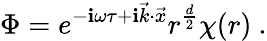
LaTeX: \Phi=e^{-\mathbf{i}\omega\tau+\mathbf{i}\vec{{k}}\cdot\vec{{x}}}r^{\frac{{d}}{{2}}}\chi(r)\ .